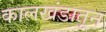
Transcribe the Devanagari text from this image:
कालखंडातून